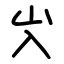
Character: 㞥